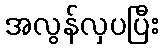
အလွန်လှပပြီး